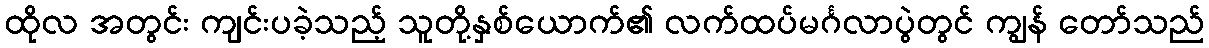
ထိုလ အတွင်း ကျင်းပခဲ့သည့် သူတို့နှစ်ယောက်၏ လက်ထပ်မင်္ဂလာပွဲတွင် ကျွန် တော်သည်